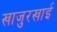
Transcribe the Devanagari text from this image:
खाजुरखाई